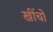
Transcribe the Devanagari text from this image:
खींचों